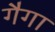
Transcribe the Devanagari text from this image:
गैगा